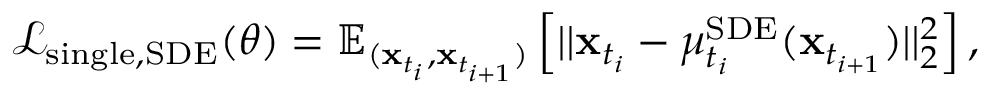
\begin{array} { r } { \mathcal { L } _ { \mathrm { s i n g l e , S D E } } ( \theta ) = \mathbb { E } _ { ( \mathbf { x } _ { t _ { i } } , \mathbf { x } _ { t _ { i + 1 } } ) } \left[ | | \mathbf { x } _ { t _ { i } } - \mu _ { t _ { i } } ^ { \mathrm { S D E } } ( \mathbf { x } _ { t _ { i + 1 } } ) | | _ { 2 } ^ { 2 } \right] , } \end{array}